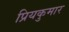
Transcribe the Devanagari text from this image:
प्रियकुमार